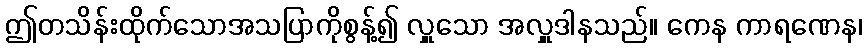
ဤတသိန်းထိုက်သောအသပြာကိုစွန့်၍ လှူသော အလှူဒါနသည်။ ကေန ကာရဏေန၊